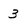
Character: 3